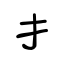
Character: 扌